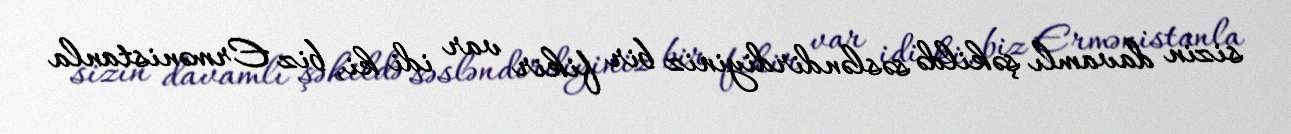
sizin davamlı şəkildə səsləndirdiyiniz bir fikir var idi ki, biz Ermənistanla